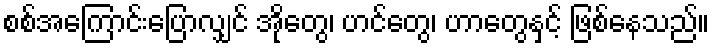
စစ်အကြောင်းပြောလျှင် အိုတွေ၊ ဟင်တွေ၊ ဟာတွေနှင့် ဖြစ်နေသည်။